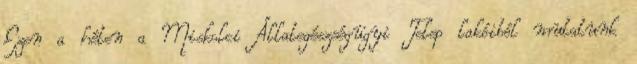
Ezen a héten a Miskolci Állat­egészségügyi Telep lakóiból mutatunk